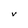
Character: V